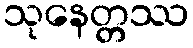
သုနေတ္တဿ